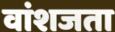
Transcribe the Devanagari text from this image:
वांशजता